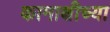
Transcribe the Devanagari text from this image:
कामाक्षीच्या